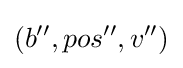
(b'',pos'',v'')